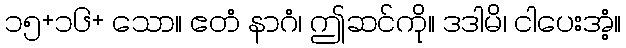
၁၅+၁၆+ သော။ ဧတံ နာဂံ၊ ဤဆင်ကို။ ဒဒါမိ၊ ငါပေးအံ့။